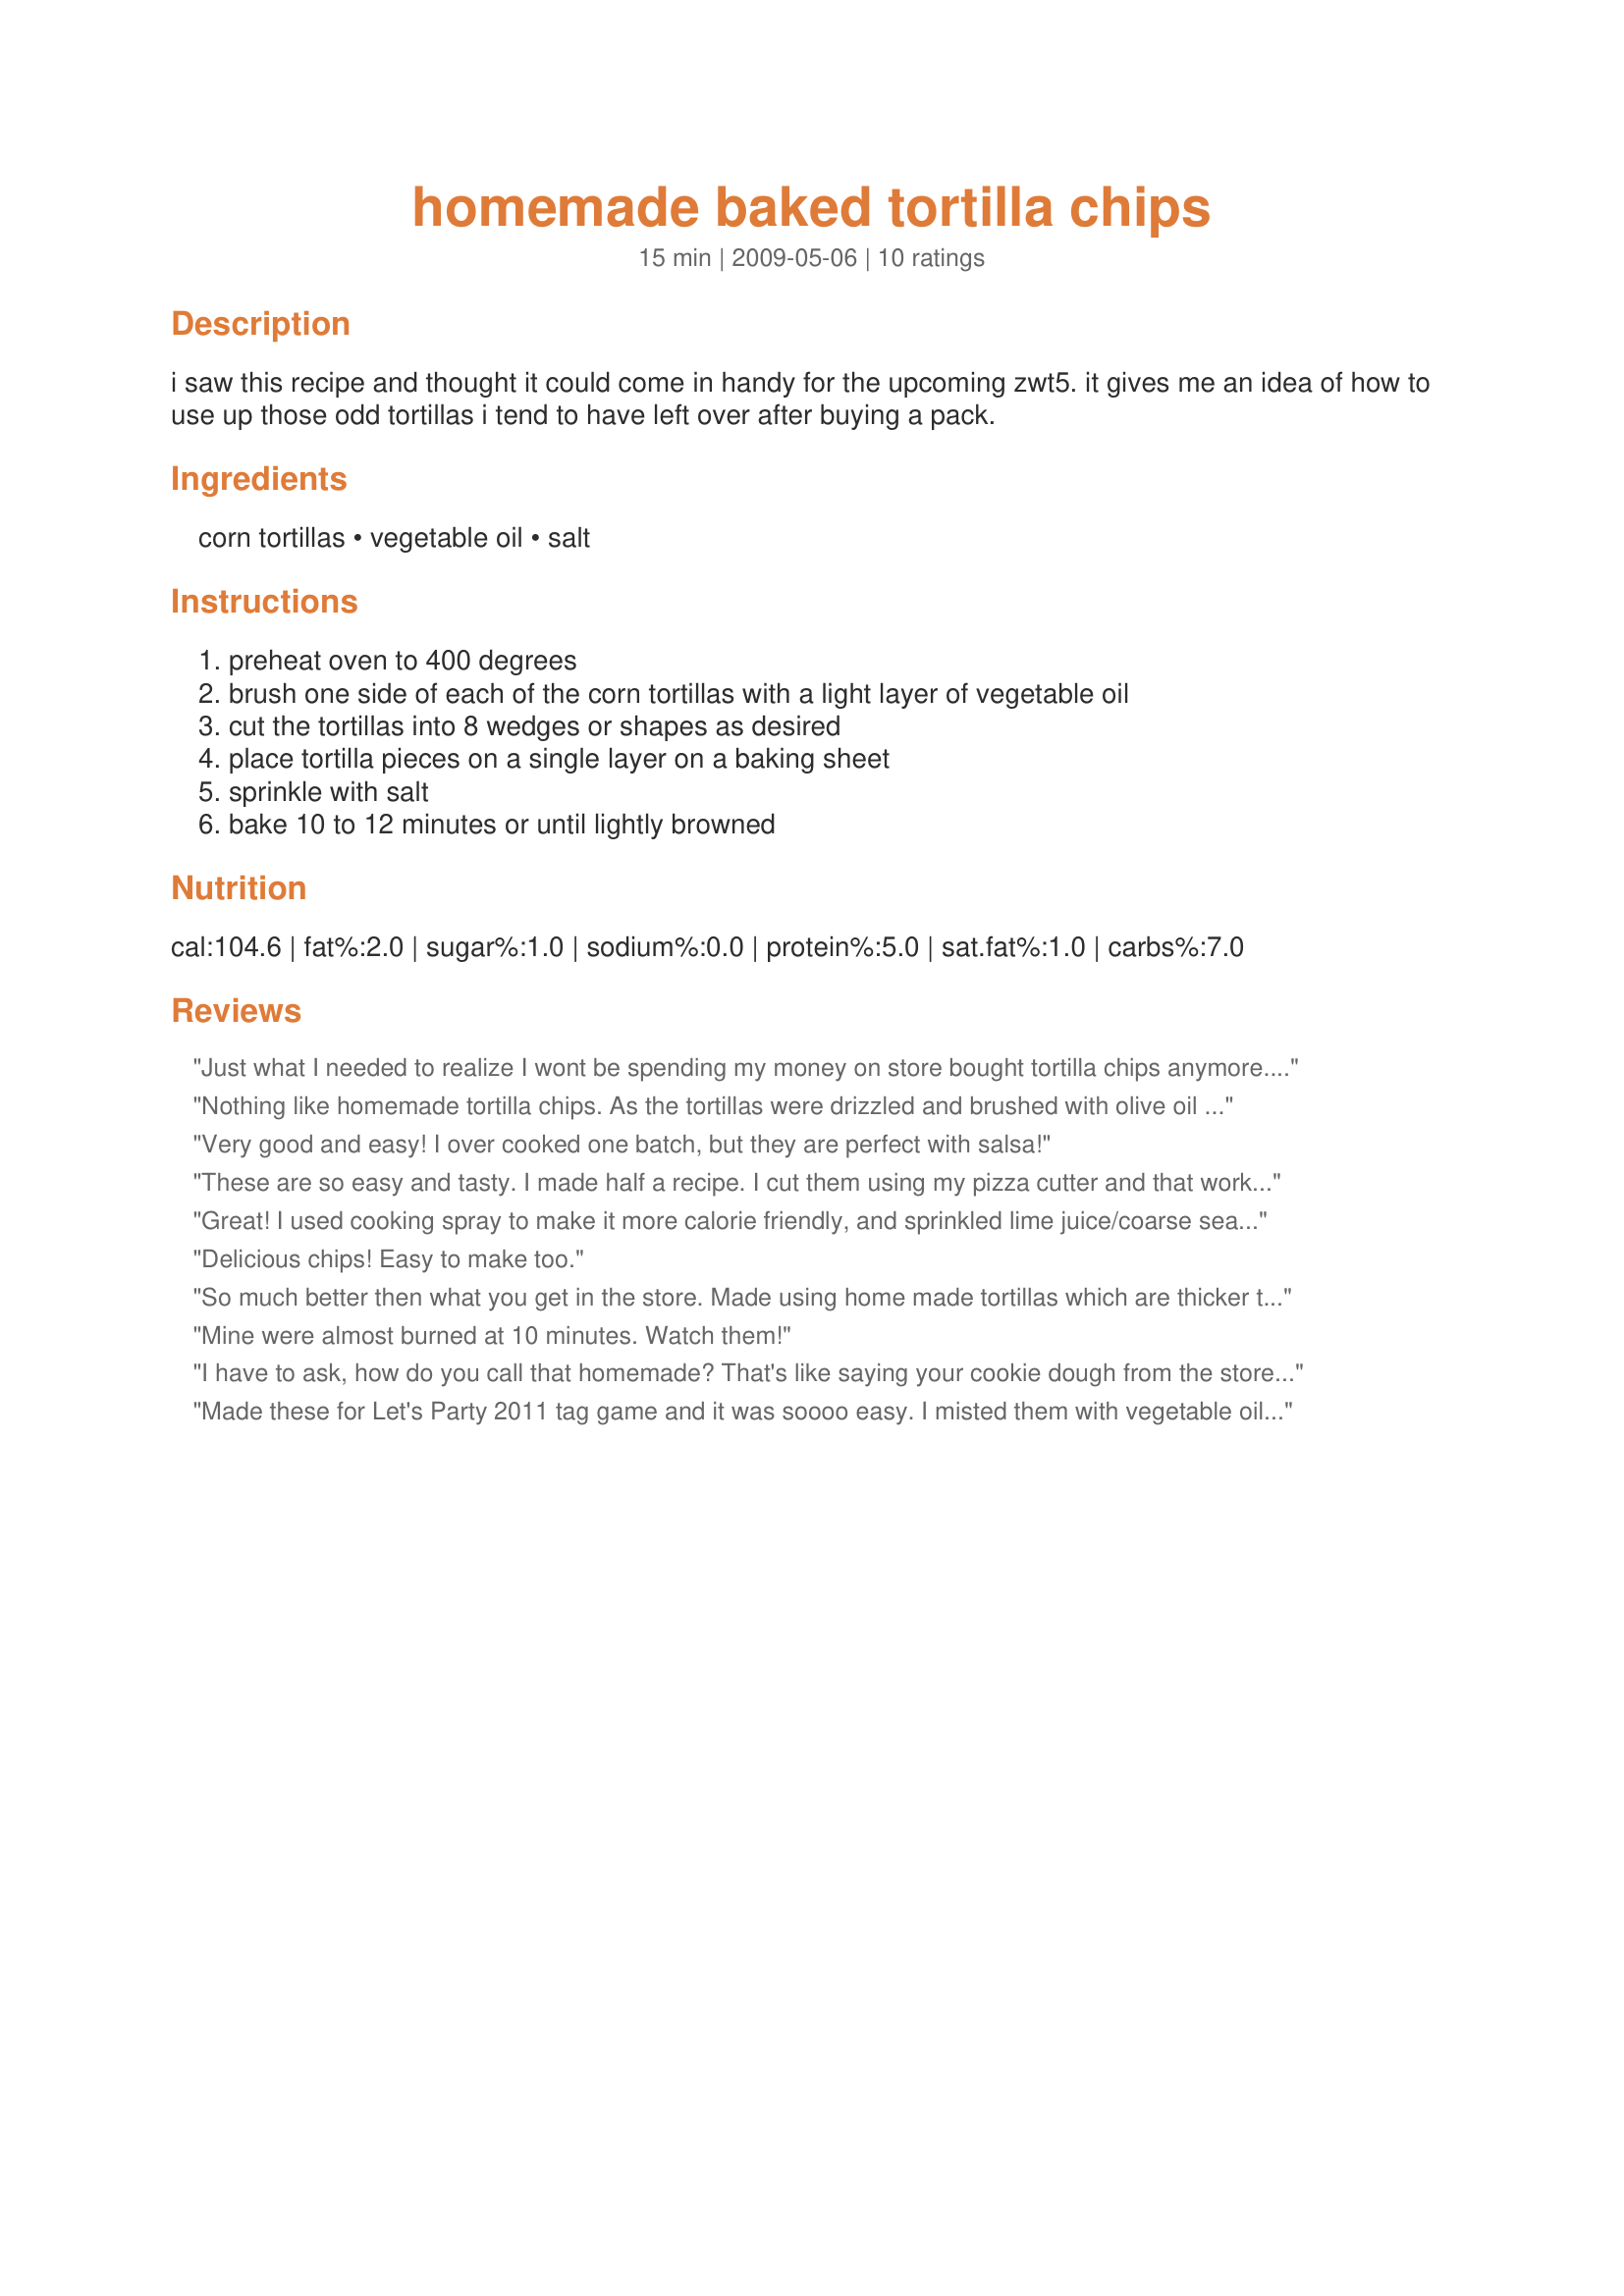
homemade baked tortilla chips
Preparation time: 15 minutes

i saw this recipe and thought it could come in handy for the upcoming zwt5. it gives me an idea of how to use up those odd tortillas i tend to have left over after buying a pack.

Ingredients:
corn tortillas, vegetable oil, salt

Steps:
preheat oven to 400 degrees, brush one side of each of the corn tortillas with a light layer of vegetable oil, cut the tortillas into 8 wedges or shapes as desired, place tortilla pieces on a single layer on a baking sheet, sprinkle with salt, bake 10 to 12 minutes or until lightly browned

Reviews:
Just what I needed to realize I wont be spending my money on store bought tortilla chips anymore. Delicious. Thanks for sharing Sarah_Jayne.
Nothing like homemade tortilla chips. As the tortillas were drizzled and brushed with olive oil they were sacked and then all cut at once. I did make these on 2 cookie sheets and they were left a few minutes in the hot oven to crisp. They were served with recipe #288094. Made for *ZWT 5*
Very good and easy! I over cooked one batch, but they are perfect with salsa!
These are so easy and tasty. I made half a recipe. I cut them using my pizza cutter and that worked great. I sprinkled salt on one batch and the other I sprinkled Johnny's seasoning salt. Both DH and I like the salt ones best. I think because the salt stuck better to the oil. I served them with recipe #412203 delicious. Thanks for posting. :)
Great! I used cooking spray to make it more calorie friendly, and sprinkled lime juice/coarse sea salt over them before baking to make them like Chipotle's chips. I served with Recipe #193688
Delicious chips! Easy to make too.
So much better then what you get in the store. Made using home made tortillas which are thicker then store bought tortillas. Sprayed with Pam cooking spray in place of brushing with oil to help keep the fat levels down. Thanks so much for the post.
Mine were almost burned at 10 minutes. Watch them!
I have to ask, how do you call that homemade? That's like saying your cookie dough from the store is homemade..
Made these for Let's Party 2011 tag game and it was soooo easy. I misted them with vegetable oil instead of brushing with oil and followed the instructions. Next time I think I will try seasoning them with garlic salt or another seasoning.
